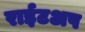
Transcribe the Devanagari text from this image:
राईटअप